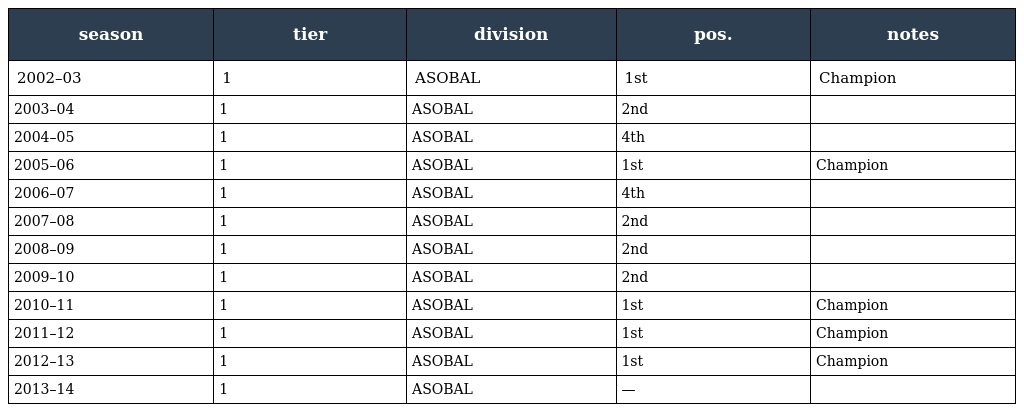
| season | tier | division | pos. | notes |
 | --- | --- | --- | --- | --- |
 | 2002–03 | 1 | ASOBAL | 1st | Champion |
 | 2003–04 | 1 | ASOBAL | 2nd |  |
 | 2004–05 | 1 | ASOBAL | 4th |  |
 | 2005–06 | 1 | ASOBAL | 1st | Champion |
 | 2006–07 | 1 | ASOBAL | 4th |  |
 | 2007–08 | 1 | ASOBAL | 2nd |  |
 | 2008–09 | 1 | ASOBAL | 2nd |  |
 | 2009–10 | 1 | ASOBAL | 2nd |  |
 | 2010–11 | 1 | ASOBAL | 1st | Champion |
 | 2011–12 | 1 | ASOBAL | 1st | Champion |
 | 2012–13 | 1 | ASOBAL | 1st | Champion |
 | 2013–14 | 1 | ASOBAL | — |  |